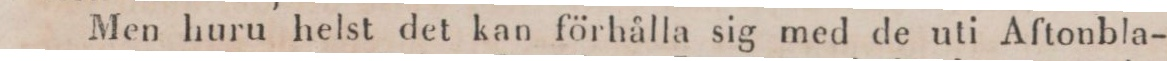
Men huru helst det kan förhålla sig med de uti Aftonbla-